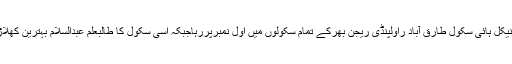
ایف جی ٹیکنیکل ہائی سکول طارق آباد راولپنڈی ریجن بھرکے تمام سکولوں میں اول نمبرپررہاجبکہ اسی سکول کا طالبعلم عبدالسلام بہترین کھلاڑی قرارپایا۔